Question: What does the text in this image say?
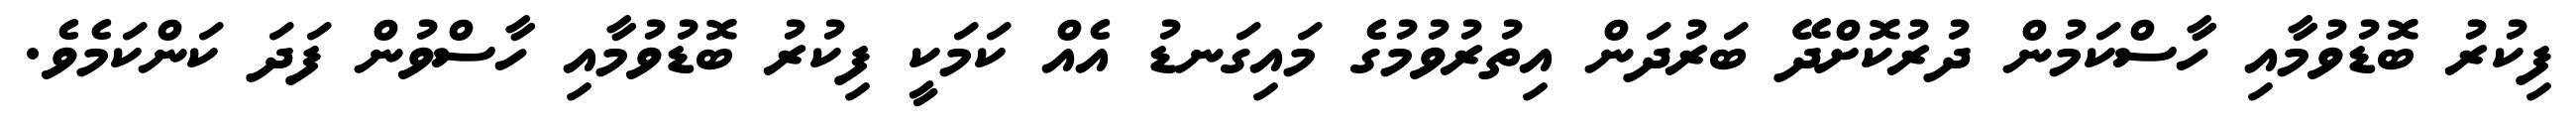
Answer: ފިކުރު ބޮޑުވުމާއި ހާސްކަމުން ދުރުކޮށްދޭ ބަރުދަން އިތުރުވުމުގެ މައިގަނޑު އެއް ކަމަކީ ފިކުރު ބޮޑުވުމާއި ހާސްވުން ފަދަ ކަންކަމެވެ.